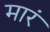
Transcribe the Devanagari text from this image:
मारं